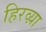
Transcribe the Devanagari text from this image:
हिरव्य़ा